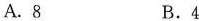
A. 8 B. 4